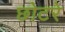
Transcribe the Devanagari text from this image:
छोटरे